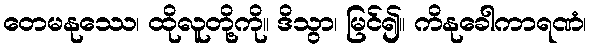
တေမနုဿေ၊ ထိုလူတို့ကို။ ဒိသွာ၊ မြင်၍။ ကိနုခေါကာရဏံ၊